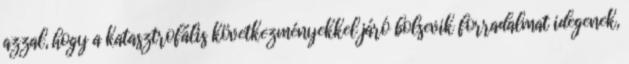
azzal, hogy a katasztrofális következményekkel járó bolsevik forradalmat idegenek,